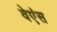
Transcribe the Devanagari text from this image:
वेएंस